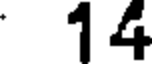
14